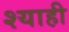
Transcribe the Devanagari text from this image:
श्याही